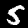
Label: 5